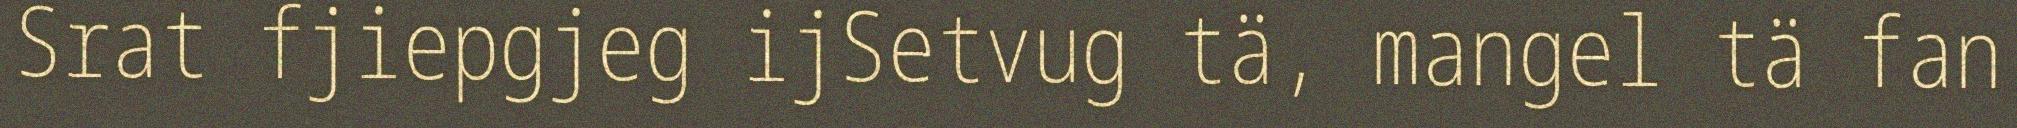
Srat fjiepgjeg ijSetvug tä, mangel tä fan